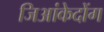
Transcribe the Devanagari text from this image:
जिआंकेदोंग